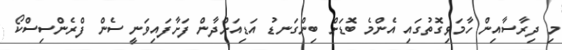
މި ދިރާސާއިން ހާމަވިގޮތުގައި އެންމެ ބޮޑަށް ބިންގަނޑު އަޑިއަށްދާން ފަށާފައިވަނީ ސެން ފްރެންސިސްކޯ